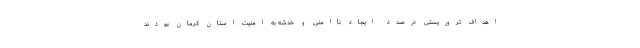
اهداف تروریستی درصدد ایجاد ناامنی و خدشه به امنیت استان کرمان بودند